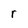
Character: r